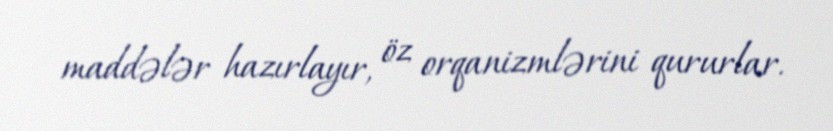
maddələr hazırlayır, öz orqanizmlərini qururlar.